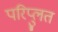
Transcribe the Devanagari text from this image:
परिप्लुत